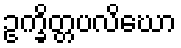
ဥက္ခိတ္တပလိဃော